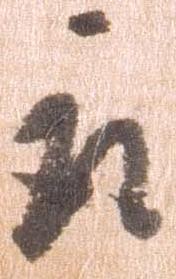
被